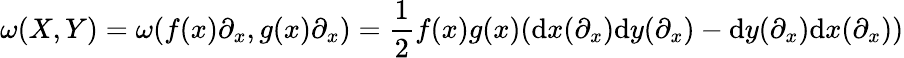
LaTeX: \omega(X,Y)=\omega(f(x)\partial_{x},g(x)\partial_{x})={\frac{1}{2}}f(x)g(x)(\mathrm{d}x(\partial_{x})\mathrm{d}y(\partial_{x})-\mathrm{d}y(\partial_{x})\mathrm{d}x(\partial_{x}))